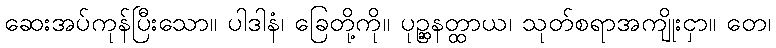
ဆေးအပ်ကုန်ပြီးသော။ ပါဒါနံ၊ ခြေတို့ကို။ ပုဉ္ဆနတ္ထာယ၊ သုတ်စရာအကျိုးငှာ။ တေ၊